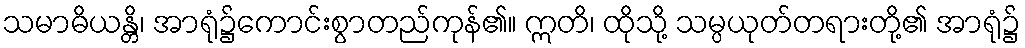
သမာဓိယန္တိ၊ အာရုံ၌ကောင်းစွာတည်ကုန်၏။ ဣတိ၊ ထိုသို့ သမ္ပယုတ်တရားတို့၏ အာရုံ၌